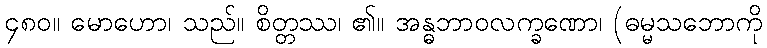
၄၈၀။ မောဟော၊ သည်။ စိတ္တဿ၊ ၏။ အန္ဓဘာဝလက္ခဏော၊ (ဓမ္မသဘောကို